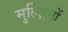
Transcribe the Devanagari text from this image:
मुल्ज़िमों